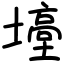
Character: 㙵